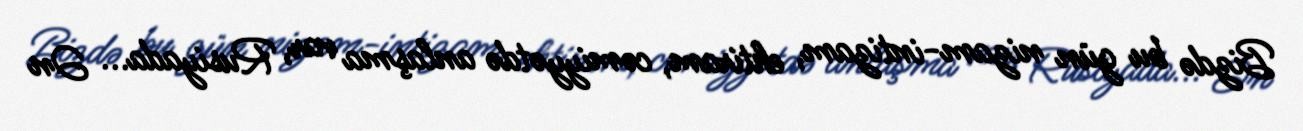
Bizdə bu gün nizam-intizam, ehtiram, cəmiyyətdə anlaşma var, Rusiyada... Ən